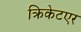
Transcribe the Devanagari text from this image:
क्रिकेटएर